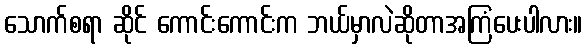
သောက်စရာ ဆိုင် ကောင်းကောင်းက ဘယ်မှာလဲဆိုတာအကြံပေးပါလား။